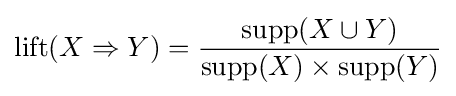
\mathrm {lift} (X\Rightarrow Y)={\frac {\mathrm {supp} (X\cup Y)}{\mathrm {supp} (X)\times \mathrm {supp} (Y)}}